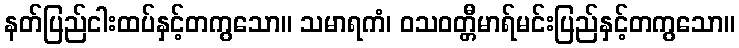
နတ်ပြည်ငါးထပ်နှင့်တကွသော။ သမာရကံ၊ ဝသဝတ္တီမာရ်မင်းပြည်နှင့်တကွသော။